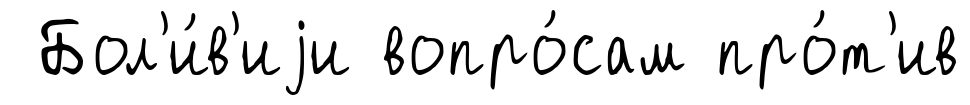
Бол'и́в'иjи вопро́сам про́т'ив